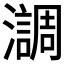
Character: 𤂂